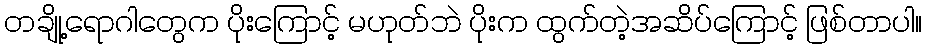
တချို့ရောဂါတွေက ပိုးကြောင့် မဟုတ်ဘဲ ပိုးက ထွက်တဲ့အဆိပ်ကြောင့် ဖြစ်တာပါ။